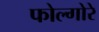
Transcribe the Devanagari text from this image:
फोल्गोरे